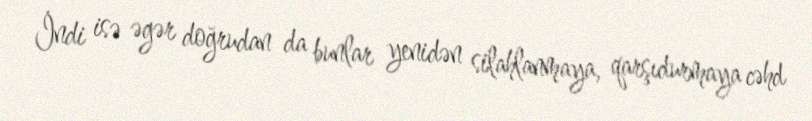
İndi isə əgər doğrudan da bunlar yenidən silahlanmaya, qarşıdurmaya cəhd